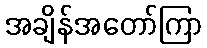
အချိန်အတော်ကြာ